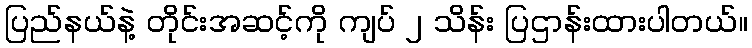
ပြည်နယ်နဲ့ တိုင်းအဆင့်ကို ကျပ် ၂ သိန်း ပြဌာန်းထားပါတယ်။